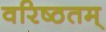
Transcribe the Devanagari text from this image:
वरिष्ठतम्